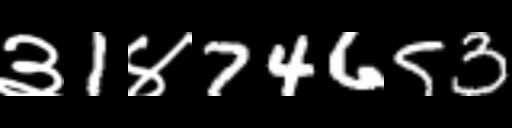
Text: ३1४74653